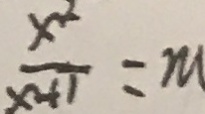
\frac { x ^ { 2 } } { x + 1 } = m